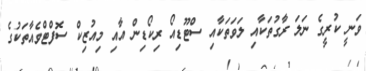
ވަނީ ކުރީގެ ނަލަ ރާގުތަކާއި ލަވަތަކާއި ސްޓޫޑިއޯ ރިކޯޑިން އާއި މިއުޒިކް ސޮފްޓްވެއާތަކުގެ